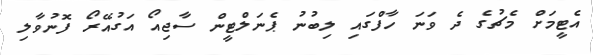
އެޓީމަށް މެޗުގެ ދެ ވަނަ ހާފްގައި ލިބުނު ޕެނަލްޓީން ސާޖިއޯ އަގުއޭރޯ ފޮނުވާލި